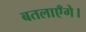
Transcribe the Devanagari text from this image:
बतलाएँगे।